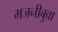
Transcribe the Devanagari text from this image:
भजनीबुवा